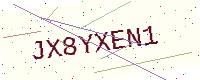
Text: JX8YXEN1